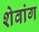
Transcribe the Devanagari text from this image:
शेवांग